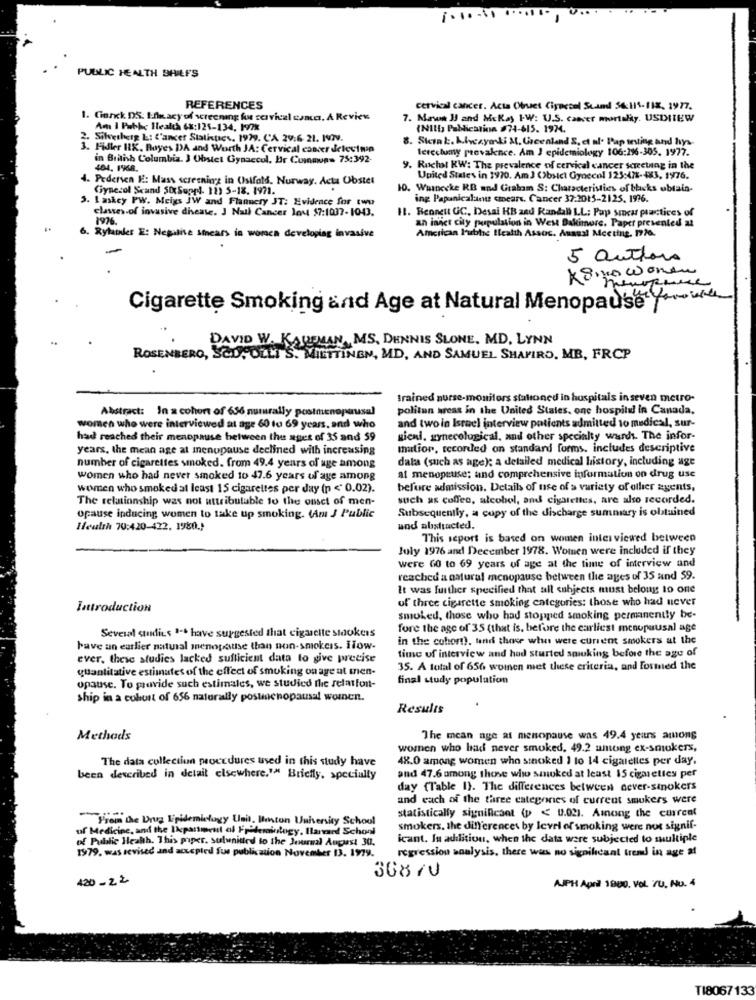
....
1.10.00 .
....
PUBLIC HEALTH BHILFS
REFERENCES
cervical cancer. Acta Obuet Ciypecol Scand 56:111-11X, 1977.
. Gerek DS: Efwacy of screening for cervical cancer. A Review
7. Mawe IJ and Mckay I-W: U.S. cancer mortaliy. USDITEW
Am I Pubhe Health 6x:125-134, 1978
(NIll Pablication #74-615. 1974.
Silverherg &: L'ancer Statistics, 1929. CA 29:6 21. NOV.
Skink. Livcayali M. Greenland S, et al. Pap seting and lys
Fidler RX. Bayes DA and Worth JA: Cervical cancer detevimin
terecluny prevalence. Am J epidemiology 106:29-305. 1977.
in British Columbia. 3 Obstet Gynaecol. Br Communs 75:392-
404. 1968.
9. Ruchal KW: The prevalence of cervical cancer screening in the
J. Pedersen H: Mass screening in (Istfald. Nurway. Acta Obstet
United States in 1970. Am J (bsict Gynecol 123:478-483, 1976.
Gynecol Scand StxSuppl- 11) 5-18. 1971.
10. Warnecke RB and Graham S: Characteristics of blacks obtain-
I akcy PW. Meigs JW and Flannery JT: Evidence for two
ing Papanicalainte cmears. Cancer 37:2015-2125. 1996.
classes of invasive dheste. 3 Nall Cancer lov $7:1037-10-03.
11. Bennett GC, Desai HB zad Randall L.L; Pap smear practices of
1976.
an inner city population in West Dakimore. Paper presented at
Rybanks E: Negative smears in women developing invasive
American Public Health Assoc. Annual Meeting. 1776.
5 authors
K8,no women
newpure
Cigarette Smoking and Age at Natural Menopause'(*
DAVID W. KAUELAN, MS. DENNIS SLONE, MD, LYNN
ROSENBERG, SCOPOZLI S. MIETTINEN, MD, AND SAMUEL SHAPIRO, MB, FRCP
trained nurse-monitors stationed in hospitals in seven metro-
Abstract: In a cohort of 636 numrally postmenopausal
politan areas in the United States, one hospital in Canada.
women who were interviewed at age 60 to 69 years, and who
and twoin Israel interview patients admitted to medical, sur-
had reached their menopause between the ages of 35 and 59
gieni, gynecological, and other specialty wards. The infor-
years. the mean age at menupause declined with increasing
mation, recorded on standard forms. includes descriptive
data (such as age); a detailed medical history, including uge
number of cigarettes smoked. from 49.4 years of age among
women who had never smoked 10 47.6 years of age among
at menopause; and comprehensive information on drug use
women who smoked at least 15 cigarettes per day (p < 0.02).
before admission. Details of use of a variety of ollier agents,
The relationship was not attributable to the onset of men-
such as coffee, alcohol, and cigarettes, are also recorded.
Subsequently, a copy of the discharge summary is obtained
opause inducing women to take up smoking. (Am J Public
Ileulti 70:420-422. 1980.)
und abstracted.
This seport is based on women interviewed between
July 1976 and December 1978. Women were included if they
were 60 to 69 years of age at the time of interview and
reached a natural menopause between the ages of 35 and 59.
It was further specified that all subjects must belong to one
of three cigarette smoking categories: those who had never
Introduction
smoked, those who had stopped smoking permanently be-
fore the age of 35 (that is, before the earliest menopausal age
Several studies 1-t have surgested that cigarette stokers
in the cohort), und those whus were current smokers at the
have an earlier natural menopause than non-smokers. ilow-
time of interview and had sturted smoking before the age of
ever. these studies lacked sufficient data to give precise
quantitative estimates of the effect of smoking on age at men-
35. A total of 656 women met these criteria, and formed the
final study population
opause. To provide such estimales, we studied the relatfont-
ship in a cohost of 656 naturally postmenopausal women.
Results
Methods
The mean age at menopause was 49.4 years amons
women who had never smoked, 49.2 among ex-smokers,
The data collection procedures used in this study have
48.0 among women who smoked 1 to 14 cigalelles per day.
been described in delait elsewhere."" Briefly, specialty
and 47.6 among those who smoked at least 15 cigarettes per
day (Table 1). The differences between dever-smokers
and each of the three categories of current smokers were
From the Drug Epidemiology Unit, Boston University School
statistically significant (p < 0.021. Among the current
of Medicine, and the Ikpaniment of Frademiology, Ilarnaed School
smokers. the differences by level of smoking were not signif-
of Public Health. This piper. sulunited to the Journal Auguest 30.
icant. In addition, when the data were subjected to multiple
regression analysis, there was no significant trem in age at
1979. was sevised and accepted fue publication November 13. 1979.
430- 22
308 /0
AUPH April 1800. VOL /U. NU. 4
TI8067133